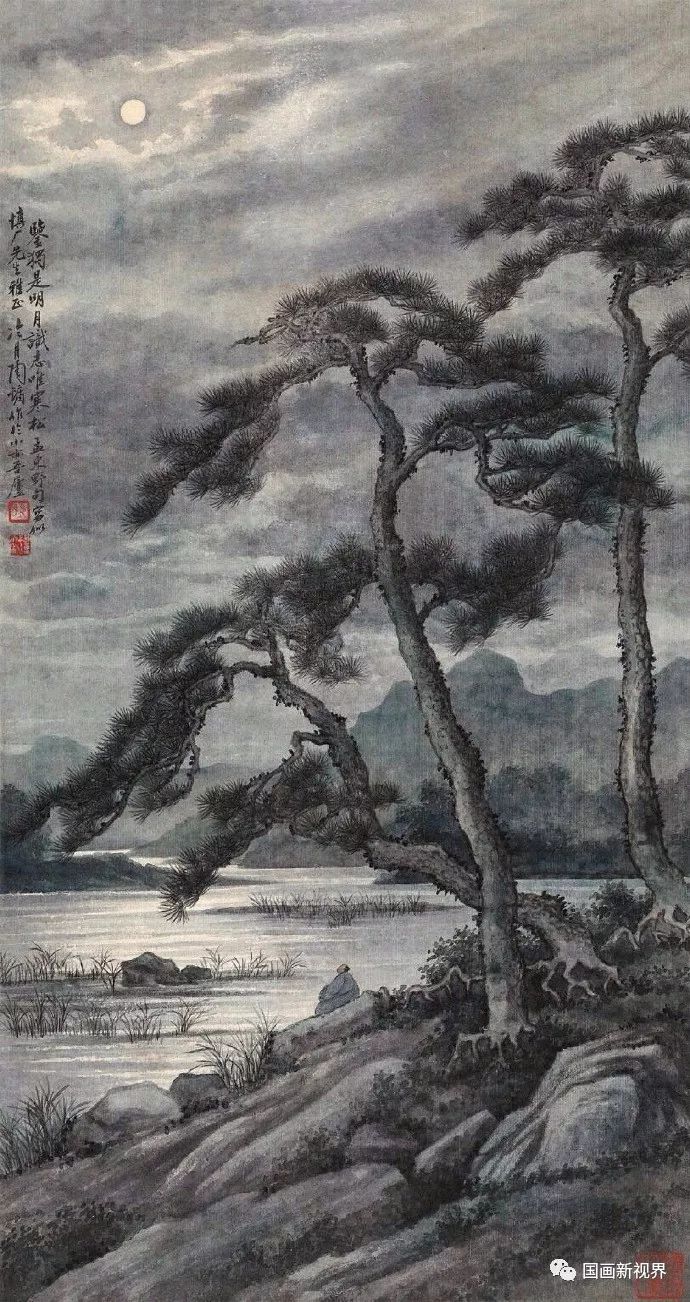
激气已能驱粉黛，举杯便可吞吴越。